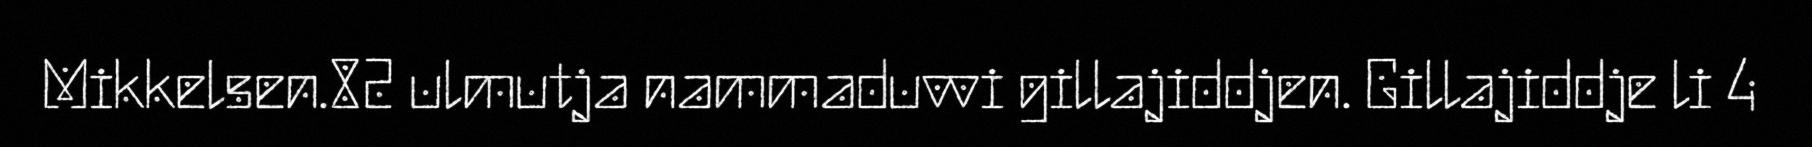
Mikkelsen.82 ulmutja nammaduvvi gillajiddjen. Gillajiddje li 4